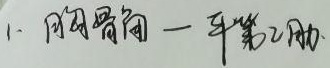
1. 胸骨角——平第2肋